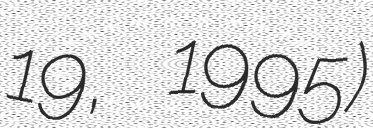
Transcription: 19, 1995)